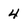
Character: 4